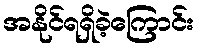
အနိုင်ရရှိခဲ့ကြောင်း